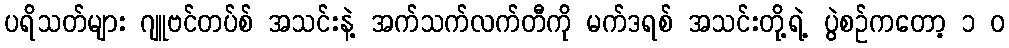
ပရိသတ်များ ဂျူဗင်တပ်စ် အသင်းနဲ့ အက်သက်လက်တီကို မက်ဒရစ် အသင်းတို့ရဲ့ ပွဲစဉ်ကတော့ ၁ ၀